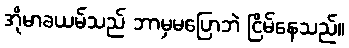
အိုမာခယမ်သည် ဘာမှမပြောဘဲ ငြိမ်နေသည်။